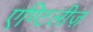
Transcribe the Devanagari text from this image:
एण्टिलीज़